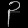
Digit: ၃